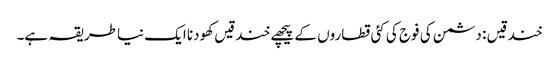
خندقیں : دشمن کی فوج کی کئی قطاروں کے پیچھے خندقیں کھودنا ایک نیا طریقہ ہے۔